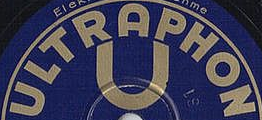
ULTRAPHON